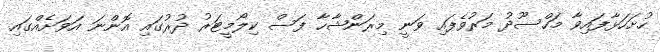
ހުށަހަޅާފައިވާ މަހްސޫދު މަރުވެފައި ވަނީ މިރަންޝާހާ ފަސް ކިލޯމީޓަރު ދުރުގައި އޮންނަ އަވަށެއްގައި